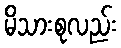
မိသားစုလည်း